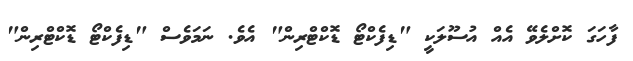
ފާހަގަ ކޮށްލެވޭ އެއް އުސޫލަކީ "ޑިފެކްޓޯ ޑޮކްޓްރިން" އެވެ. ނަމަވެސް "ޑިފެކްޓޯ ޑޮކްޓްރިން"